Annual returns of the Patna Lunatic Asylum at Bankipore in Bihar and Orissa - 1912-1924
Year: 1912
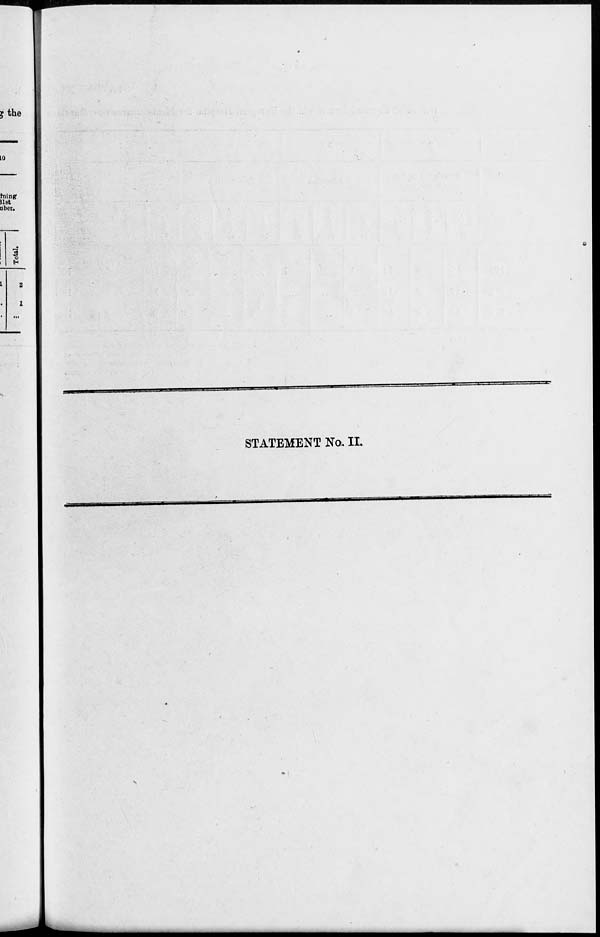
STATEMENT No. II